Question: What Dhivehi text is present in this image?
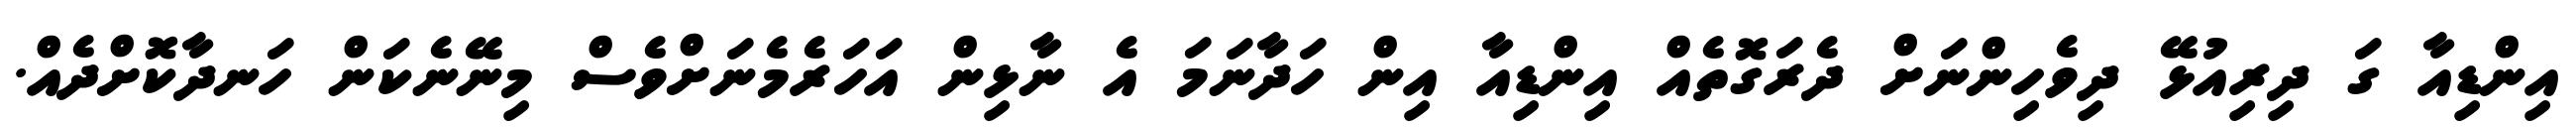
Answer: އިންޑިއާ ގަ ދިރިއުޅޭ ދިވެހިންނަށް ދެރަގޮތެއް އިންޑިއާ އިން ހަދާނަމަ އެ ނާޅިން އަހަރެމެނަށްވެސް މިނޭނެކަން ހަނދާކޮށްދެއް.